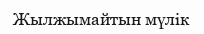
Жылжымайтын мүлік